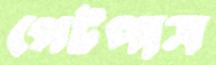
গেটপাস